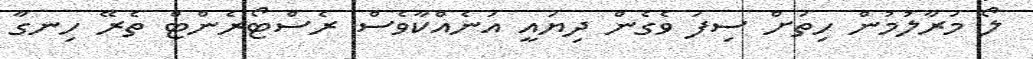
ލޯ މަރާލުމުން ހިތަށް ސިފަ ވެގެން ދިޔައީ އަނެއްކާވެސް ރެސްޓޯރެންޓް ތެރޭ ހިނގާ